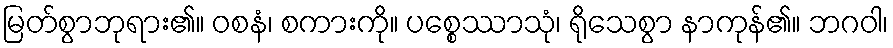
မြတ်စွာဘုရား၏။ ဝစနံ၊ စကားကို။ ပစ္စေဿာသုံ၊ ရိုသေစွာ နာကုန်၏။ ဘဂဝါ၊